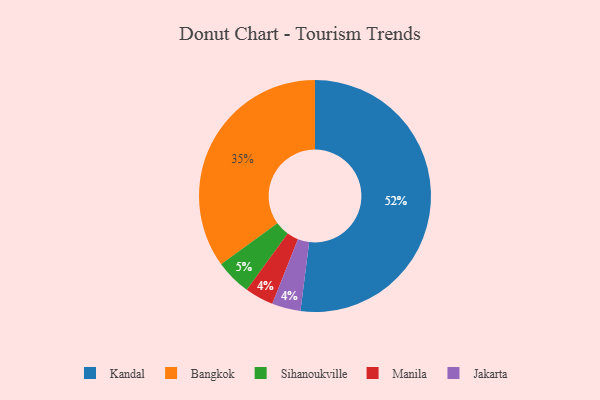
{"axis": {"x": "Category", "y": "Percentage"}, "legend": ["Bangkok", "Jakarta", "Kandal", "Manila", "Sihanoukville"], "data": [{"x": "Manila", "y": 4, "type": "Manila"}, {"x": "Sihanoukville", "y": 5, "type": "Sihanoukville"}, {"x": "Bangkok", "y": 35, "type": "Bangkok"}, {"x": "Jakarta", "y": 4, "type": "Jakarta"}, {"x": "Kandal", "y": 52, "type": "Kandal"}]}